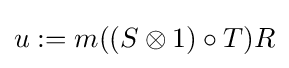
u:=m((S\otimes 1)\circ T)R